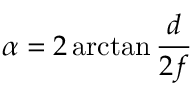
\alpha = 2 \arctan { \frac { d } { 2 f } }